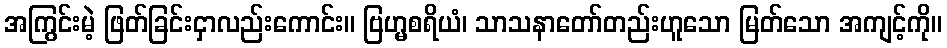
အကြွင်းမဲ့ ဖြတ်ခြင်းငှာလည်းကောင်း။ ဗြဟ္မစရိယံ၊ သာသနာတော်တည်းဟူသော မြတ်သော အကျင့်ကို။